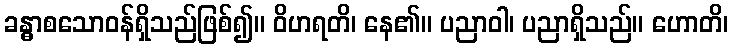
ခန္ဓာစသောဝန်ရှိသည်ဖြစ်၍။ ဝိဟရတိ၊ နေ၏။ ပညာဝါ၊ ပညာရှိသည်။ ဟောတိ၊